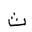
Letter: _tha